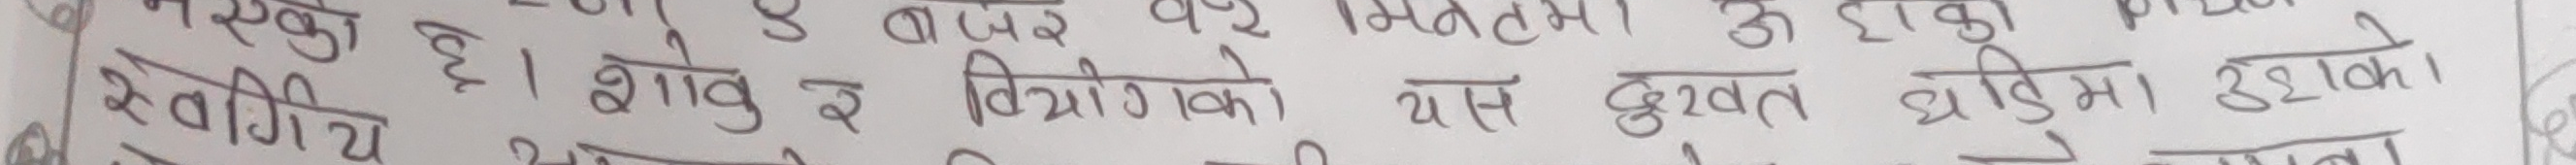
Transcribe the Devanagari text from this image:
सवर्गीय छ। शाेाकु र बिग्रीको यस दुखत घडिमा उभ्छेकाे।